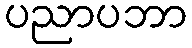
ပညာပဘာ